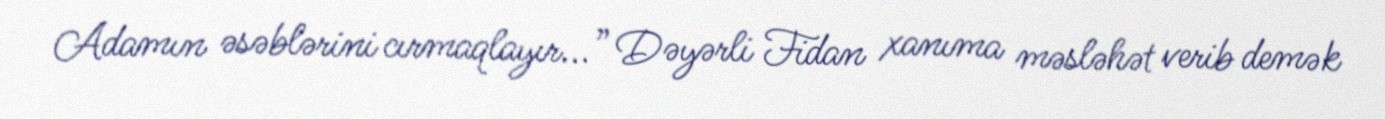
Adamın əsəblərini cırmaqlayır...” Dəyərli Fidan xanıma məsləhət verib demək